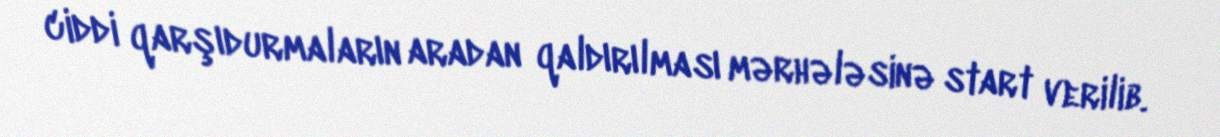
ciddi qarşıdurmaların aradan qaldırılması mərhələsinə start verilib.